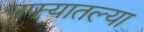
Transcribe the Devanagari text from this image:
नफ्यातल्या